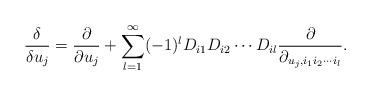
LaTeX: \begin{align*}\frac{\delta}{\delta u_j}=\frac{\partial}{\partial u_j}+\sum_{l=1}^\infty (-1)^l D_{i1}D_{i2}\cdots D_{il}\frac{\partial}{\partial_{u_j,i_1i_2\cdots i_l}}.\end{align*}